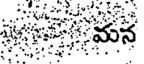
మన